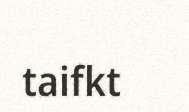
taifkt